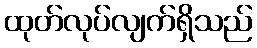
ထုတ်လုပ်လျက်ရှိသည်